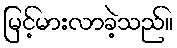
မြင့်မားလာခဲ့သည်။